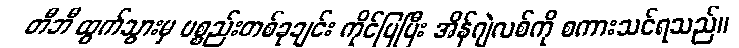
တီဘီ ထွက်သွားမှ ပစ္စည်းတစ်ခုချင်း ကိုင်ပြပြီး အိန်ဂျဲလစ်ကို စကားသင်ရသည်။